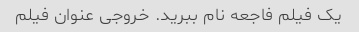
یک فیلم فاجعه نام ببرید. خروجی عنوان فیلم